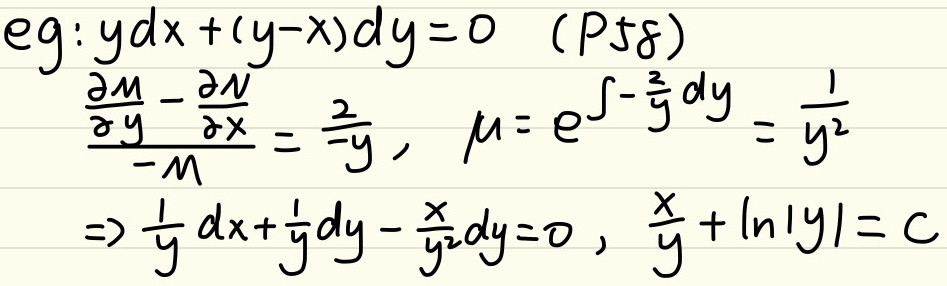
例如：对于方程\(ydx+(y - x)dy = 0\ (P58)\)，\(\frac{\frac{\partial M}{\partial y}-\frac{\partial N}{\partial x}}{-M}=\frac{2}{y}\)，\(\mu = e^{\int-\frac{2}{y}dy}=\frac{1}{y^{2}}\)，由此可得\(\frac{1}{y}dx+\frac{1}{y}dy-\frac{x}{y^{2}}dy = 0\)，其解为\(\frac{x}{y}+\ln|y|=C\)